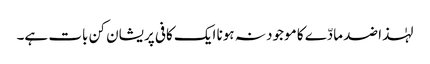
لہٰذا ضد مادّے کا موجود نہ ہونا ایک کافی پریشان کن بات ہے۔